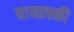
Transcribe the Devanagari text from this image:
चायफ़्स्की